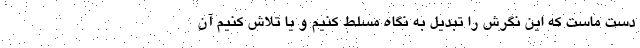
دست ماست که این نگرش را تبدیل به نگاه مسلط کنیم و یا تلاش کنیم آن